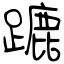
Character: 蹗